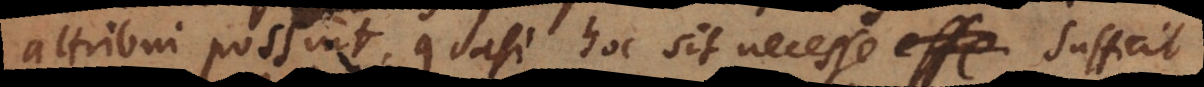
attribui possint, quasi hoc sit necesse. Sufficit